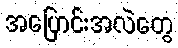
အပြောင်းအလဲတွေ